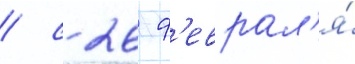
/ с 26 ф'еврал'я́